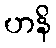
ဟနိ